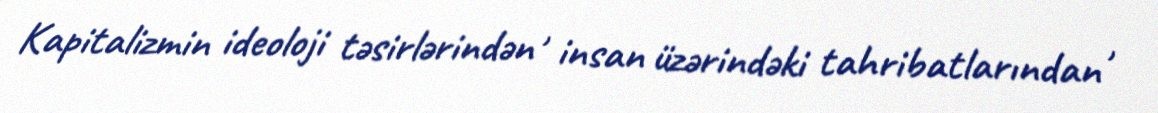
Kapitalizmin ideoloji təsirlərindən , insan üzərindəki tahribatlarından ,